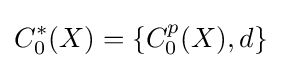
C_{0}^{*}(X)=\{C_{0}^{p}(X),d\}